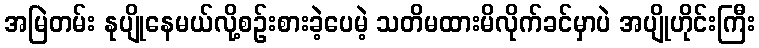
အမြဲတမ်း နုပျိုနေမယ်လို့စဉ်းစားခဲ့ပေမဲ့ သတိမထားမိလိုက်ခင်မှာပဲ အပျိုဟိုင်းကြီး